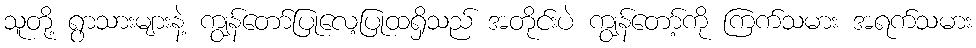
သူတို့ ရွာသားများနဲ့ ကျွန်တော်ပြုလေ့ပြုထရှိသည် အတိုင်းပဲ ကျွန်တော့်ကို ကြက်သမား အရက်သမား